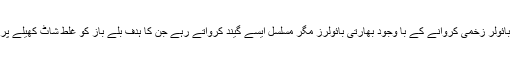
اپنا ایک ’’سٹار‘‘ بائولر زخمی کروانے کے با وجود بھارتی بائولرز مگر مسلسل ایسے گیند کرواتے رہے جن کا ہدف بلے باز کو غلط شاٹ کھیلے پر مجبور کرنا تھا۔